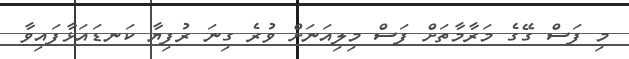
މި ފަސް ގޭގެ މަރާމާތަށް ފަސް މިލިއަނަށް ވުރެ ގިނަ ރުފިޔާ ކަނޑައަޅާފައިވާ